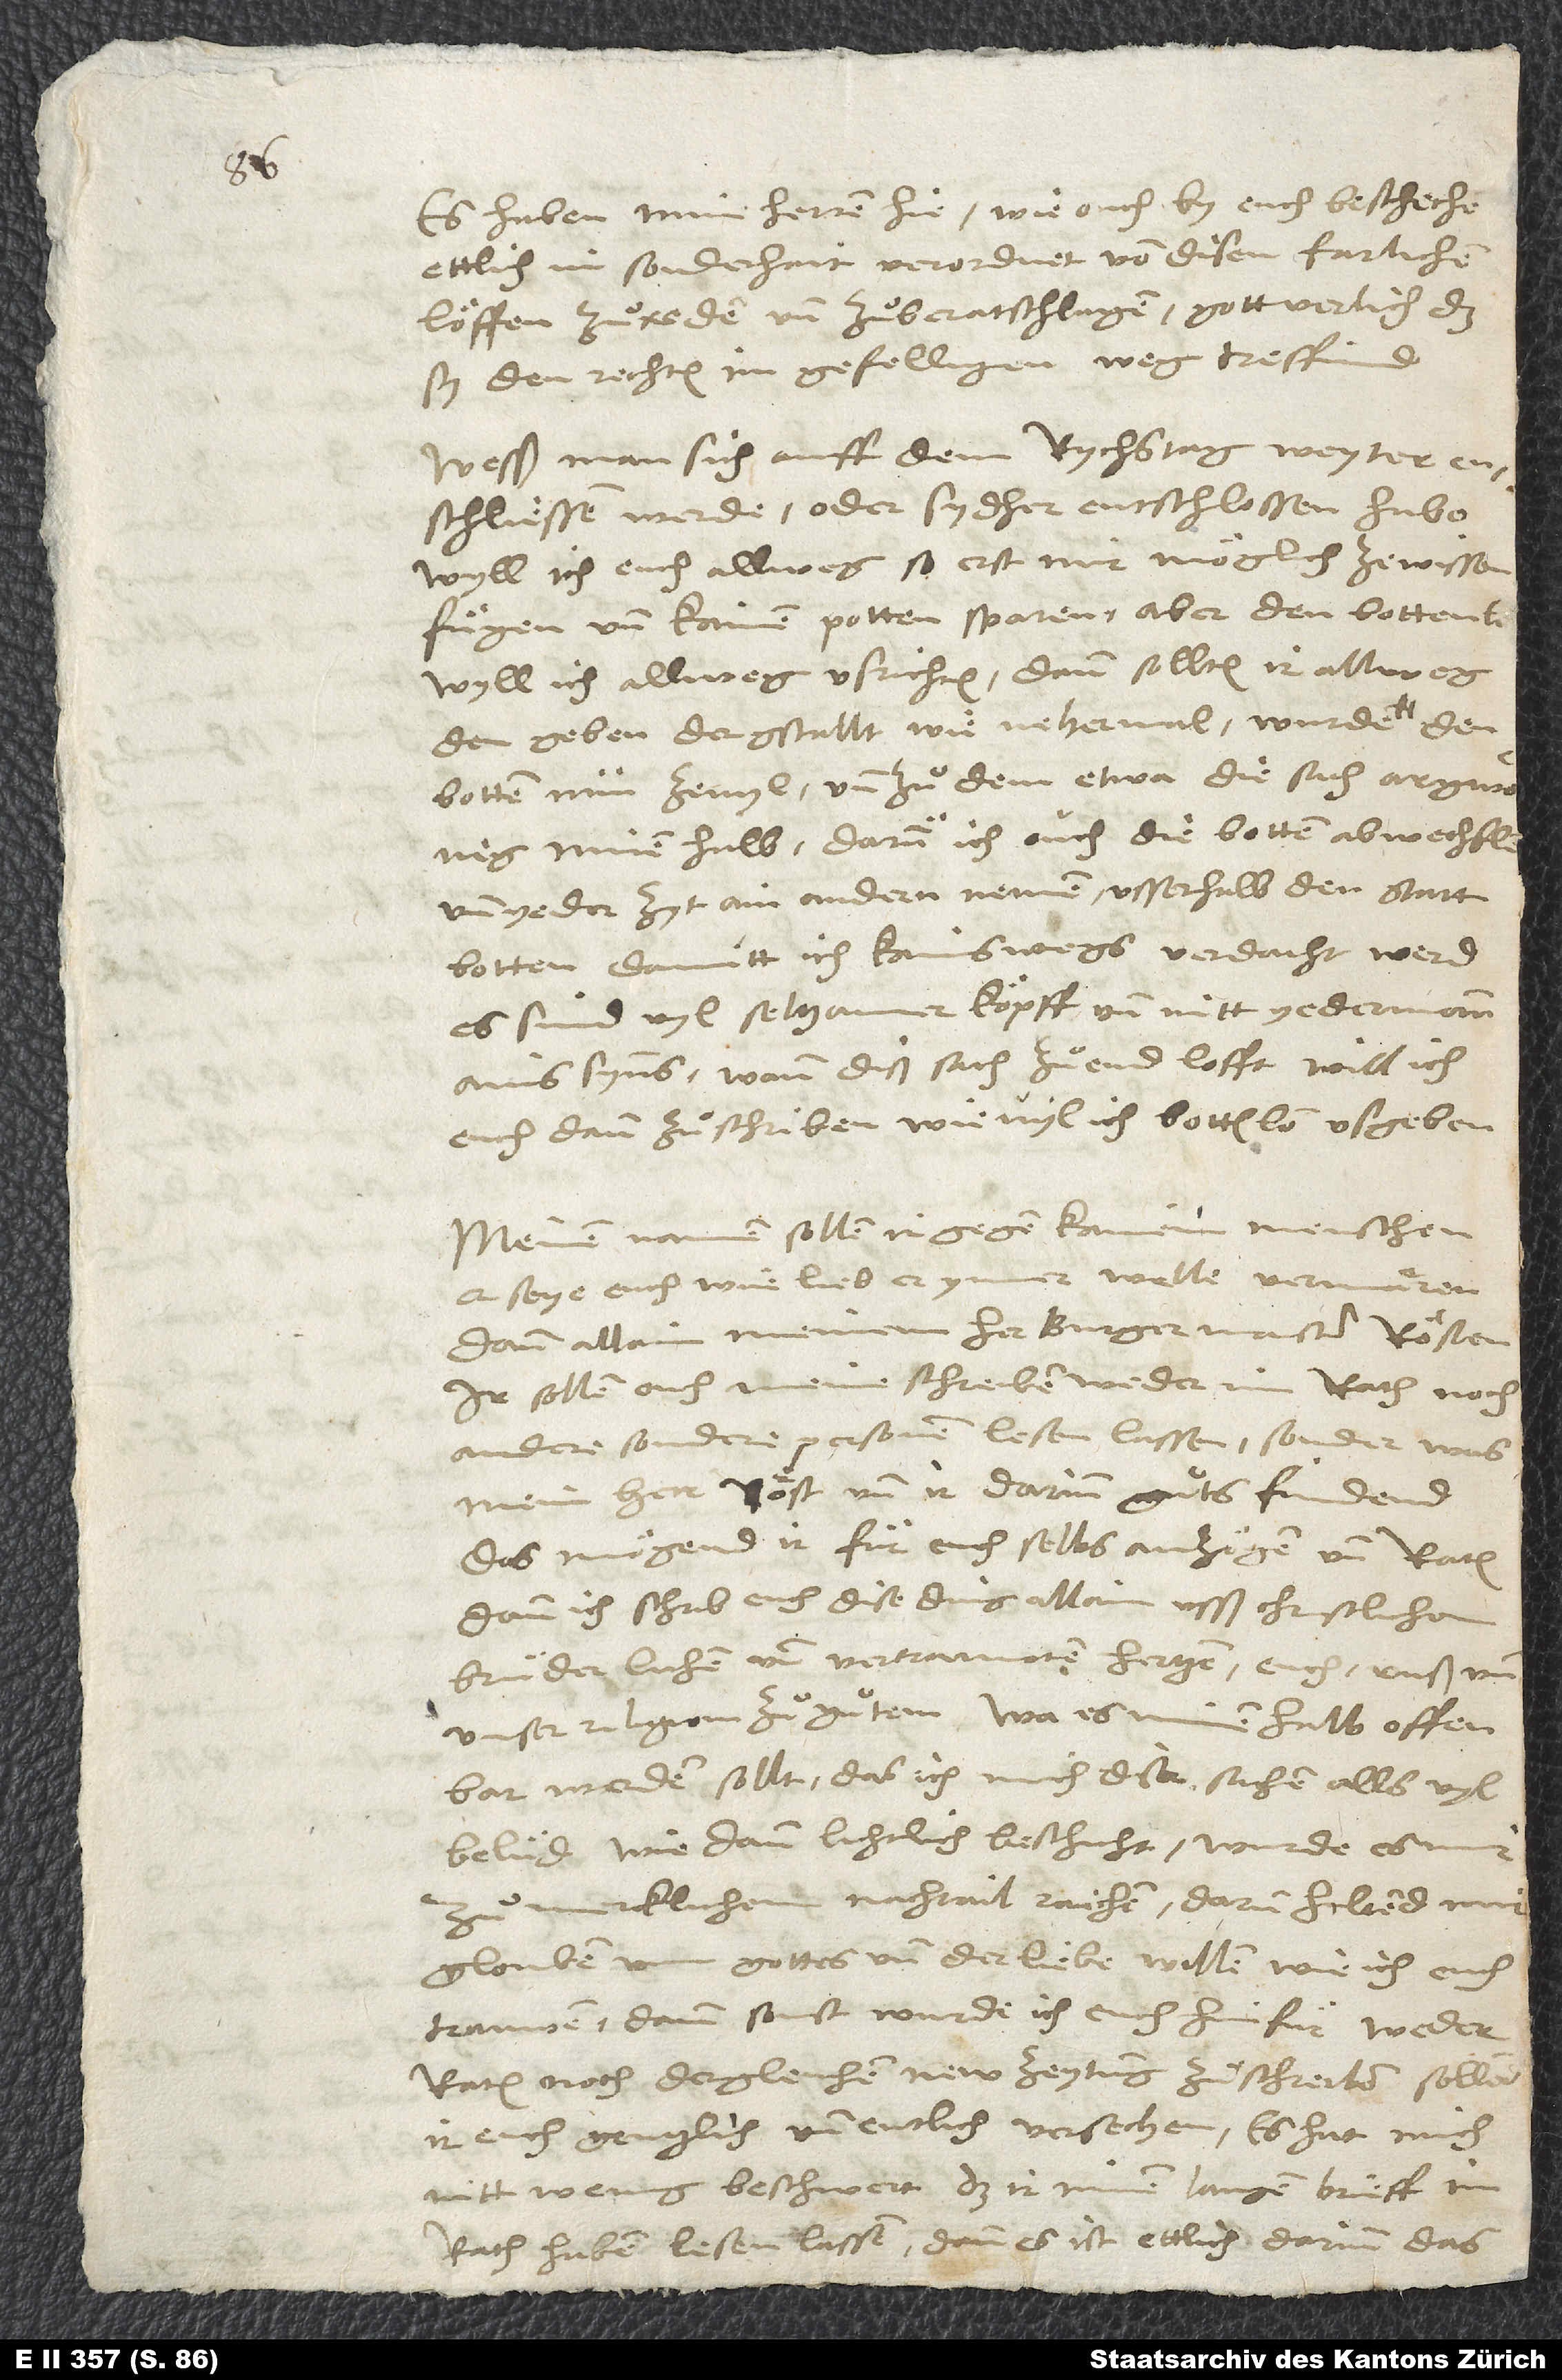
Es haben mine herren hie, wie ouch by euch beschechen,
ettlich in sonderhait verordnet, von disen farlichen
löffen zuͦreden und zuͦberatschlagen. Gott verlich, das
sy den rechten, im gefelligen weg treffind!
Wesß man sich auff dem rychstag weyter
entschliessen werde oder sydher entschlossen habe,
will ich euch allweg, so erst mir möglich, zewissen
fuͤgen und kainen potten sparen; aber den bottenlon
den geben der gstallt wie nehermal, wurde den
botten nun zevyl und zuͦ dem etwa die sach argwonig
minen halb, darum ich ouch die botten abwechslen
und yeder zyt ain andern nemen usserhalb der statt
botten, damitt ich kainswegs verdacht werd.
Es sind vyl seltzamer köpff und nitt yedermann
ains synns; wann diß sach zuͦ end lofft, will ich
euch dann zuͦschriben, wievyl ich bottenlon usgeben.
Meinen namen sollen ir gegen kainem menschen,
er seye euch wie lieb er ymer welle, vermären
dann allain meinem her burgermaister Rösten.
Ir sollen ouch meine schreiben weder im rath noch
andere sondere personen lesen lassen, sonder, was
mein herr Röst und ir darinn guͦts findend,
das mögend ir für euch selbs anzögen und raten;
dann ich schrib euch dise ding allain usß christlichem,
brüderlichem und vertrauwtem hertzen, euch, unß und
unser religion zuͦ guͦtem. Wa es minen halb offenbar
werden sollt, das ich mich diser sachen alls vyl
belüd, wie dann lichtlich beschicht, wurde es mir
mercklichem nachtail raichen. Darum haltend mir
glouben um gottes und der liebe willen, wie ich euch
trauwen, dann sonst wurde ich euch hinfür weder
raten noch dergleichen new zeytung zuͦschreiben; sollend
ir euch gentzlich und entlich versechen. Es hat mich
nitt wenig beschwert, das ir minen langen brieff im
rath haben lesen lassen; dann es ist ettlich darinn, das